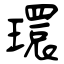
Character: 環